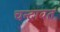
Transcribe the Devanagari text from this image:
चन्द्रावत